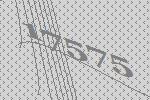
17575